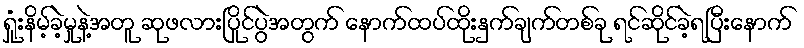
ရှုံးနိမ့်ခဲ့မှုနဲ့အတူ ဆုဖလားပြိုင်ပွဲအတွက် နောက်ထပ်ထိုးနှက်ချက်တစ်ခု ရင်ဆိုင်ခဲ့ရပြီးနောက်